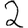
Digit: 2